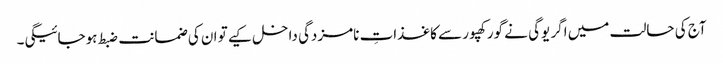
آج کی حالت میں اگر یوگی نے گورکھپور سے کاغذاتِ نامزدگی داخل کیے تو ان کی ضمانت ضبط ہوجائیگی۔